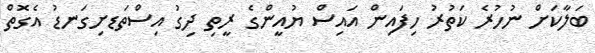
ބަލާކަށް ނުހުރެ ކަތުރު ހިފައިން އައިސް ޔުއީންގެ ރީތި ދިގު އިސްތަޑށިގަނޑު އެގޮތް